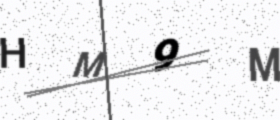
Text: HM9M